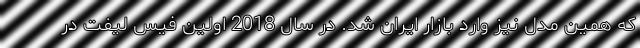
که همین مدل نیز وارد بازار ایران شد. در سال 2018 اولین فیس لیفت در